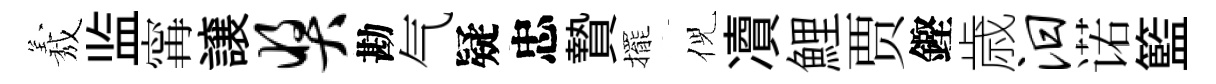
𦏁监𡩋譲奖勘气疑忠贄擺倪凟鯉贾鏗歳汨诺籃